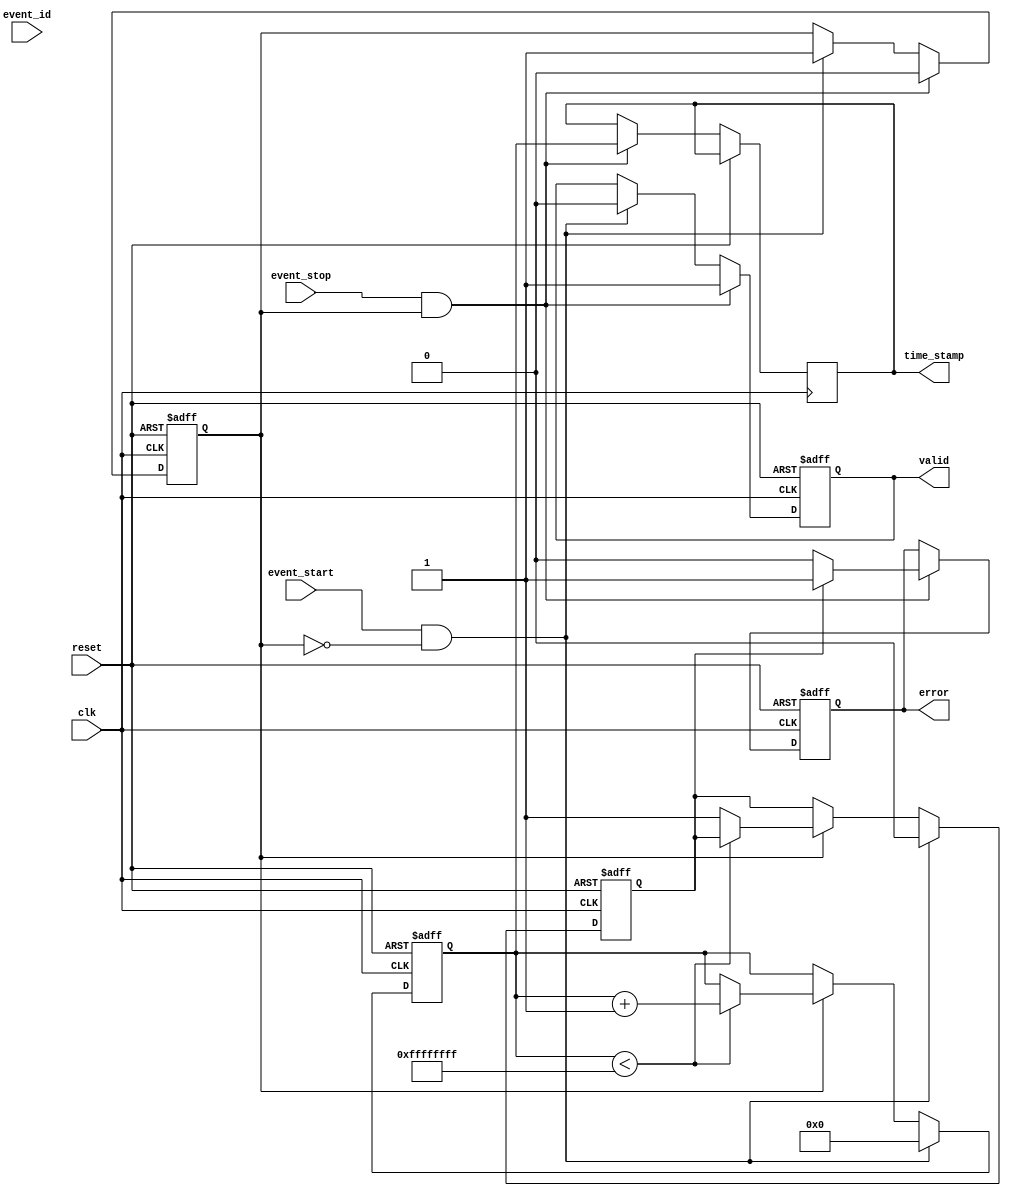
module MemoryBlocksEventTimerTDC (
    input wire clk,                // System clock
    input wire reset,              // Asynchronous reset
    input wire event_start,        // Start event signal
    input wire event_stop,         // Stop event signal
    input wire [7:0] event_id,     // Event identifier
    output reg [31:0] time_stamp,  // Time stamp output
    output reg valid,              // Valid output signal
    output reg error               // Error signal
);

    // Parameters
    parameter MAX_EVENTS = 256;    // Maximum number of events
    parameter TIMER_MAX = 32'hFFFFFFFF; // Maximum timer count

    // Internal signals
    reg [31:0] timer_count;         // Timer counter
    reg [31:0] memory [0:MAX_EVENTS-1]; // Memory for timestamps
    reg [7:0] event_memory [0:MAX_EVENTS-1]; // Memory for event IDs
    reg [7:0] current_event;        // Current event index
    reg capturing;                  // Capturing state
    reg overflow;                   // Overflow detection

    // Control Logic
    always @(posedge clk or posedge reset) begin
        if (reset) begin
            timer_count <= 0;
            current_event <= 0;
            capturing <= 0;
            valid <= 0;
            error <= 0;
            overflow <= 0;
        end else begin
            // Timer Logic
            if (capturing) begin
                if (timer_count < TIMER_MAX) begin
                    timer_count <= timer_count + 1;
                end else begin
                    overflow <= 1; // Timer overflow
                end
            end

            // Event Start
            if (event_start && !capturing) begin
                capturing <= 1;
                timer_count <= 0; // Reset timer
                current_event <= current_event + 1; // Increment event index
                if (current_event >= MAX_EVENTS) begin
                    current_event <= 0; // Wrap around
                end
                valid <= 0; // Reset valid signal
                overflow <= 0; // Reset overflow
            end

            // Event Stop
            if (event_stop && capturing) begin
                capturing <= 0;
                memory[current_event] <= timer_count; // Store timestamp
                event_memory[current_event] <= event_id; // Store event ID
                time_stamp <= timer_count; // Output the timestamp
                valid <= 1; // Indicate valid output
                if (overflow) begin
                    error <= 1; // Set error if overflow occurred
                end else begin
                    error <= 0; // Clear error
                end
            end
        end
    end

endmodule